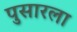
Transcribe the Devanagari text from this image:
पुसारला